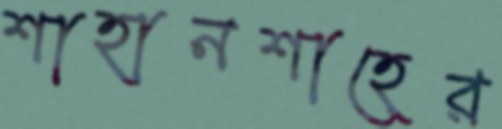
শাহানশাহের